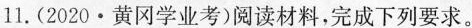
11.(2020·黄冈学业考)阅读材料，完成下列要求。